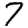
Digit: 7